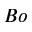
B o